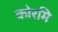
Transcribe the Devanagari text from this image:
कोरमि